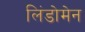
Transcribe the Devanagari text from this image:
लिंडोमेन